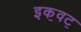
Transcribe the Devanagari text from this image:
इक॒वट॒